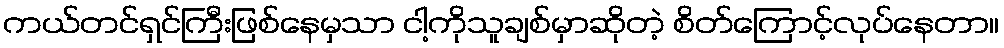
ကယ်တင်ရှင်ကြီးဖြစ်နေမှသာ ငါ့ကိုသူချစ်မှာဆိုတဲ့ စိတ်ကြောင့်လုပ်နေတာ။